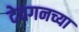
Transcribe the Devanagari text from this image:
देवगनच्या